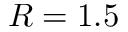
R = 1 . 5